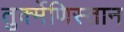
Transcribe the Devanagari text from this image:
तुर्क्मेणिस्तान